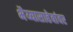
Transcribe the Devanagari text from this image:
भैय्यासाहेबांवर